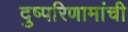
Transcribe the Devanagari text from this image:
दुष्परिणामांची